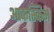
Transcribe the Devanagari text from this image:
आकस्किम